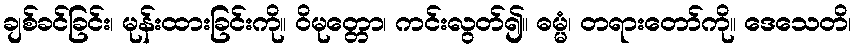
ချစ်ခင်ခြင်း၊ မုန်းထားခြင်းကို။ ဝိမုတ္တော၊ ကင်းလွတ်၍။ ဓမ္မံ၊ တရားတော်ကို။ ဒေသေတိ၊